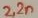
Text: 2,2n